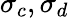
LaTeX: \sigma_{c},\sigma_{d}